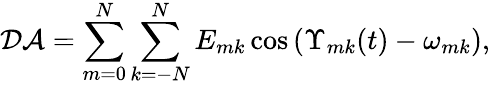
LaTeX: \mathcal{DA}=\sum_{m=0}^{N}\sum_{k=-N}^{N}E_{mk}\cos\left(\Upsilon_{mk}(t)-\omega_{mk}\right),